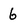
Character: 6